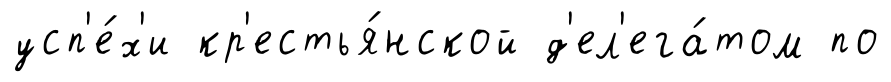
усп'е́х'и кр'естья́нской д'ел'ега́том по